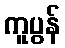
ကူပွန်